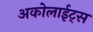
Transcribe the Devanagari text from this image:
अकोलाईट्स